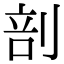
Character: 剖